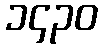
၁၄၃၀